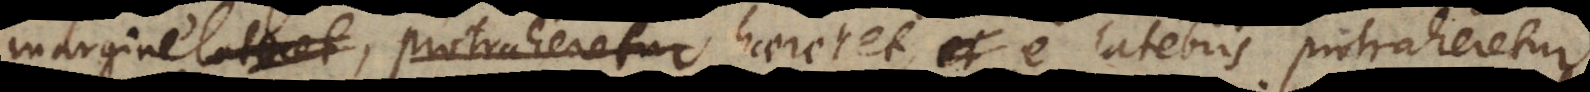
margine lateret, protraheretur haereret, e latebris protraheretur.